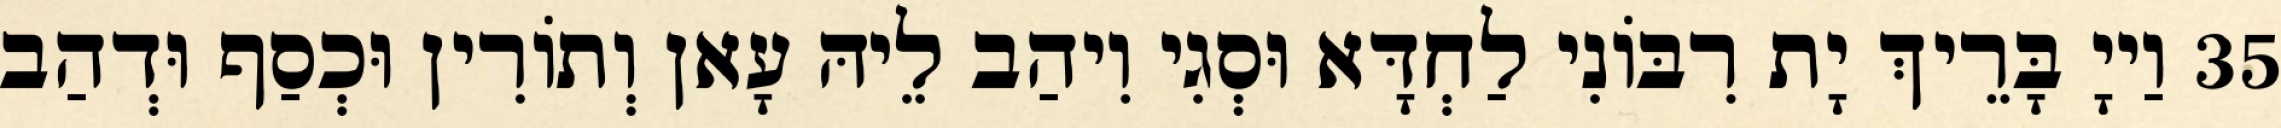
35 וַייָ בָּרֵיךְ יָת רִבּוֹנִי לַחְדָּא וּסְגִי וִיהַב לֵיהּ עָאן וְתוֹרִין וּכְסַף וּדְהַב